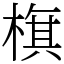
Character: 𣗍